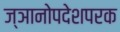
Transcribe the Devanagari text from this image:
ज्ञानोपदेशपरक